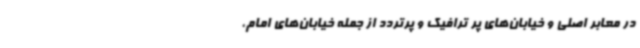
در معابر اصلی و خیابان‌های پر ترافیک و پرتردد از جمله خیابان‌های امام،